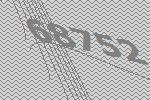
68752